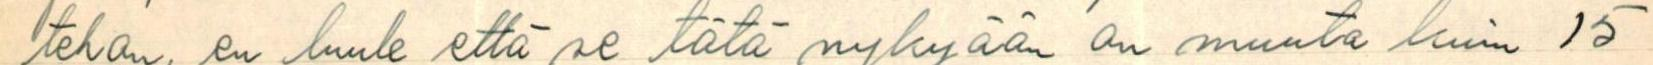
tehon, en luule että se tätä nykyään on muuta kuin 15